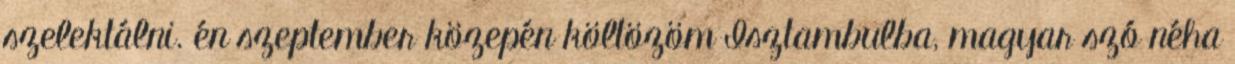
szelektálni. én szeptember közepén költözöm Isztambulba, magyar szó néha